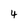
Character: 4